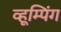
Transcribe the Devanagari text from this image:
व्हूम्पिंग